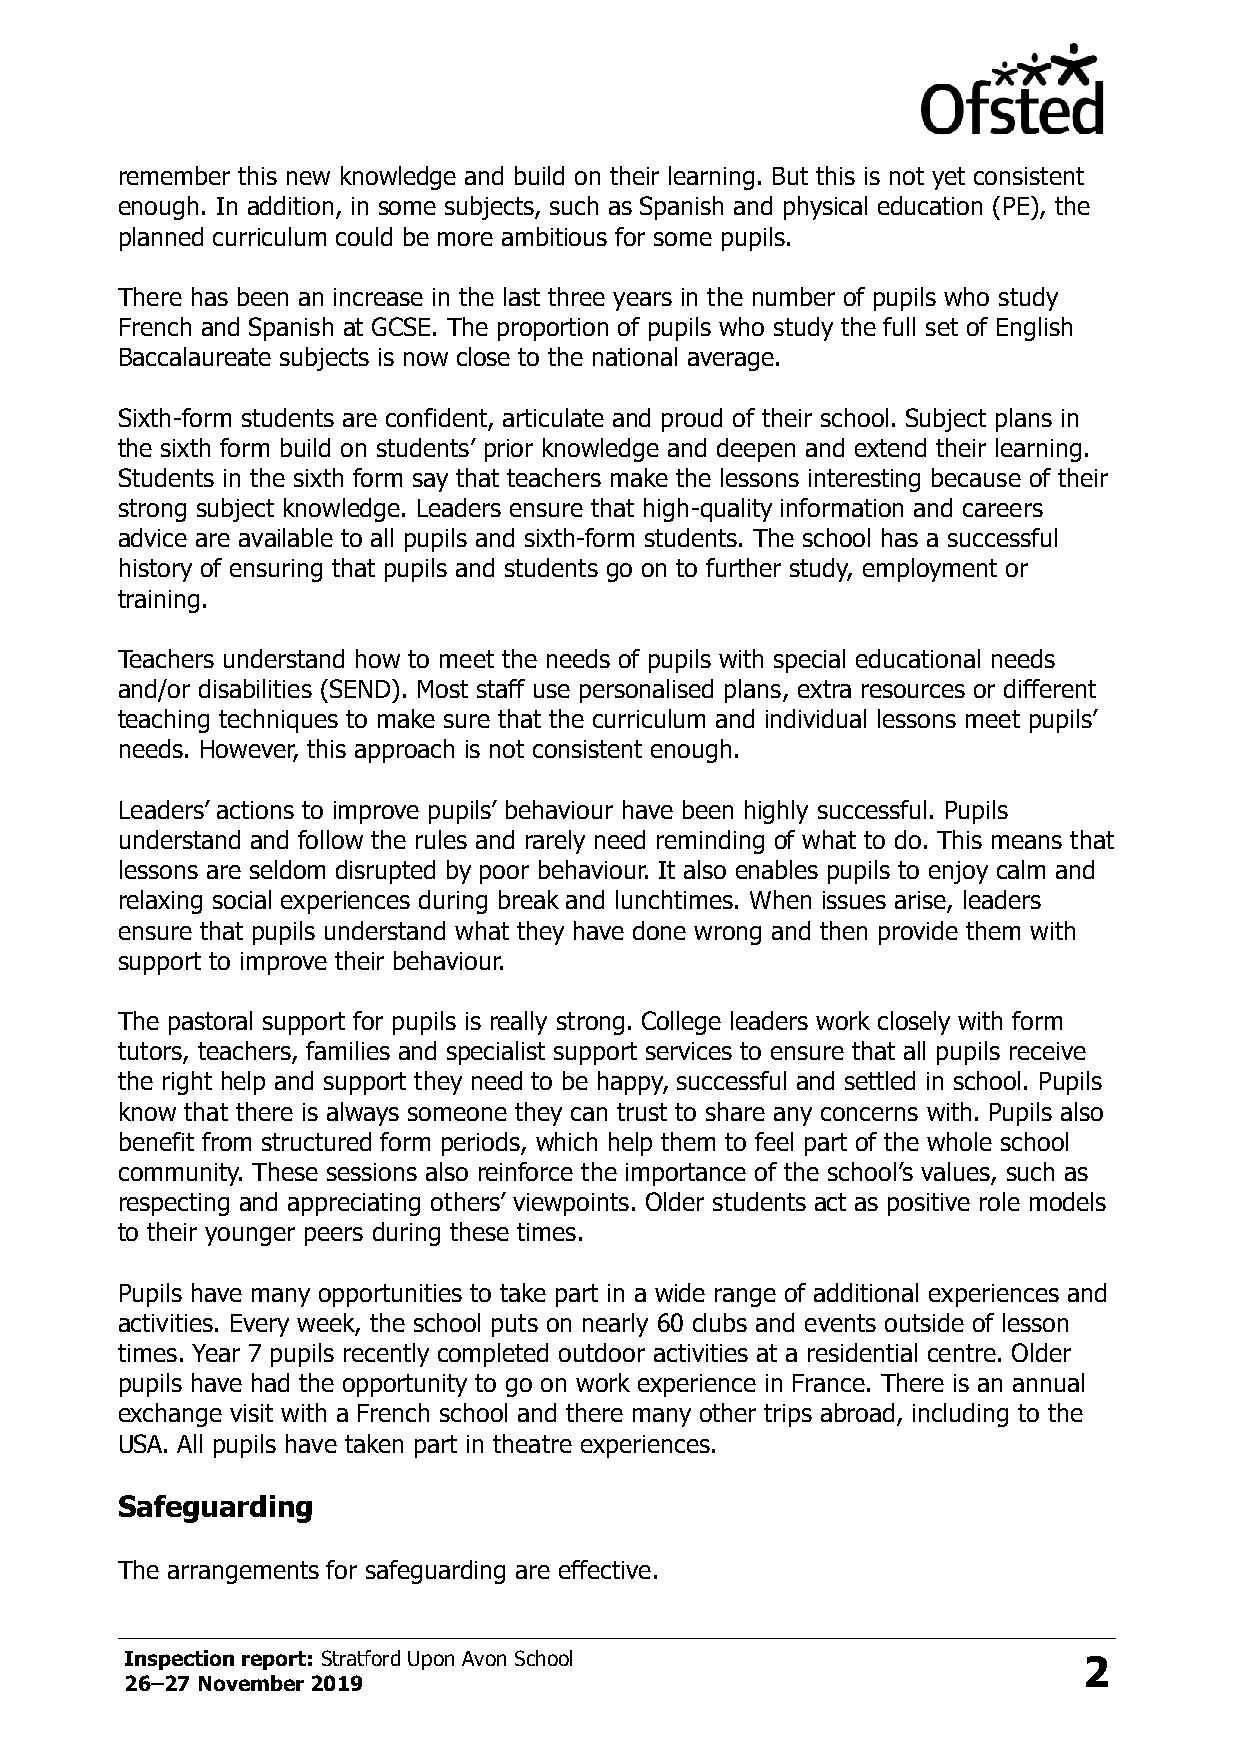
remember this new knowledge and build on their learning. But this is not yet consistent
 enough. In addition, in some subjects, such as Spanish and physical education (PE), the
 planned curriculum could be more ambitious for some pupils.
 There has been an increase in the last three years in the number of pupils who study
 French and Spanish at GCSE. The proportion of pupils who study the full set of English
 Baccalaureate subjects is now close to the national average.
 Sixth-form students are confident, articulate and proud of their school. Subject plans in
 the sixth form build on students’ prior knowledge and deepen and extend their learning.
 Students in the sixth form say that teachers make the lessons interesting because of their
 strong subject knowledge. Leaders ensure that high-quality information and careers
 advice are available to all pupils and sixth-form students. The school has a successful
 history of ensuring that pupils and students go on to further study, employment or
 training.
 Teachers understand how to meet the needs of pupils with special educational needs
 and/or disabilities (SEND). Most staff use personalised plans, extra resources or different
 teaching techniques to make sure that the curriculum and individual lessons meet pupils’
 needs. However, this approach is not consistent enough.
 Leaders’ actions to improve pupils’ behaviour have been highly successful. Pupils
 understand and follow the rules and rarely need reminding of what to do. This means that
 lessons are seldom disrupted by poor behaviour. It also enables pupils to enjoy calm and
 relaxing social experiences during break and lunchtimes. When issues arise, leaders
 ensure that pupils understand what they have done wrong and then provide them with
 support to improve their behaviour.
 The pastoral support for pupils is really strong. College leaders work closely with form
 tutors, teachers, families and specialist support services to ensure that all pupils receive
 the right help and support they need to be happy, successful and settled in school. Pupils
 know that there is always someone they can trust to share any concerns with. Pupils also
 benefit from structured form periods, which help them to feel part of the whole school
 community. These sessions also reinforce the importance of the school’s values, such as
 respecting and appreciating others’ viewpoints. Older students act as positive role models
 to their younger peers during these times.
 Pupils have many opportunities to take part in a wide range of additional experiences and
 activities. Every week, the school puts on nearly 60 clubs and events outside of lesson
 times. Year 7 pupils recently completed outdoor activities at a residential centre. Older
 pupils have had the opportunity to go on work experience in France. There is an annual
 exchange visit with a French school and there many other trips abroad, including to the
 USA. All pupils have taken part in theatre experiences.
 Safeguarding
 The arrangements for safeguarding are effective.
 Inspection report: Stratford Upon Avon School                   2
 26–27 November 2019